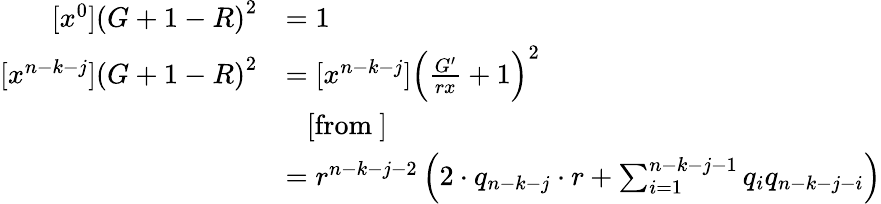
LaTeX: \begin{array}{rl}{[x^{0}]\left(G+1-R\right)^{2}}&{=1}\\ {[x^{n-k-j}]\left(G+1-R\right)^{2}}&{=[x^{n-k-j}]\left(\frac{G^{\prime}}{rx}+1\right)^{2}}\\ &{\ \ \ [\mathrm{from~}]}\\ &{=r^{n-k-j-2}\left(2\cdot q_{n-k-j}\cdot r+\sum_{i=1}^{n-k-j-1}q_{i}q_{n-k-j-i}\right)}\end{array}